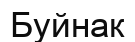
Буйнак